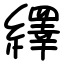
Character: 繹